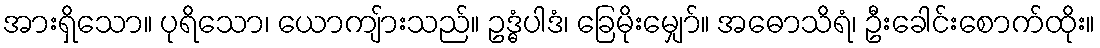
အားရှိသော။ ပုရိသော၊ ယောကျ်ားသည်။ ဥဒ္ဓံပါဒံ၊ ခြေမိုးမျှော်။ အဓောသိရံ၊ ဦးခေါင်းစောက်ထိုး။